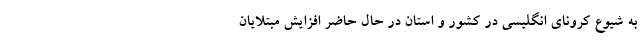
به شیوع کرونای انگلیسی در کشور و استان در حال حاضر افزایش مبتلایان